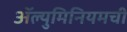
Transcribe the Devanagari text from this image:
ॲल्युमिनियमची